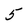
Character: 5